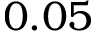
0 . 0 5